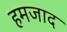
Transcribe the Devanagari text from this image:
हमजाद